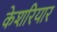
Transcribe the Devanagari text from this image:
केशरियार